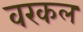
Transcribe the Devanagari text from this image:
वरकल